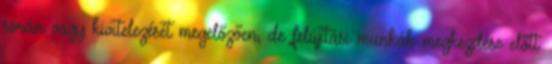
során vagy kivitelezését megelőzően, de felújítási munkák megkezdése előtt